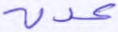
عدن